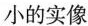
小的实像